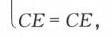
\(CE = CE\)